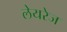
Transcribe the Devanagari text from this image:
लेयरेज